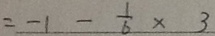
= - 1 - \frac { 1 } { 6 } \times 3